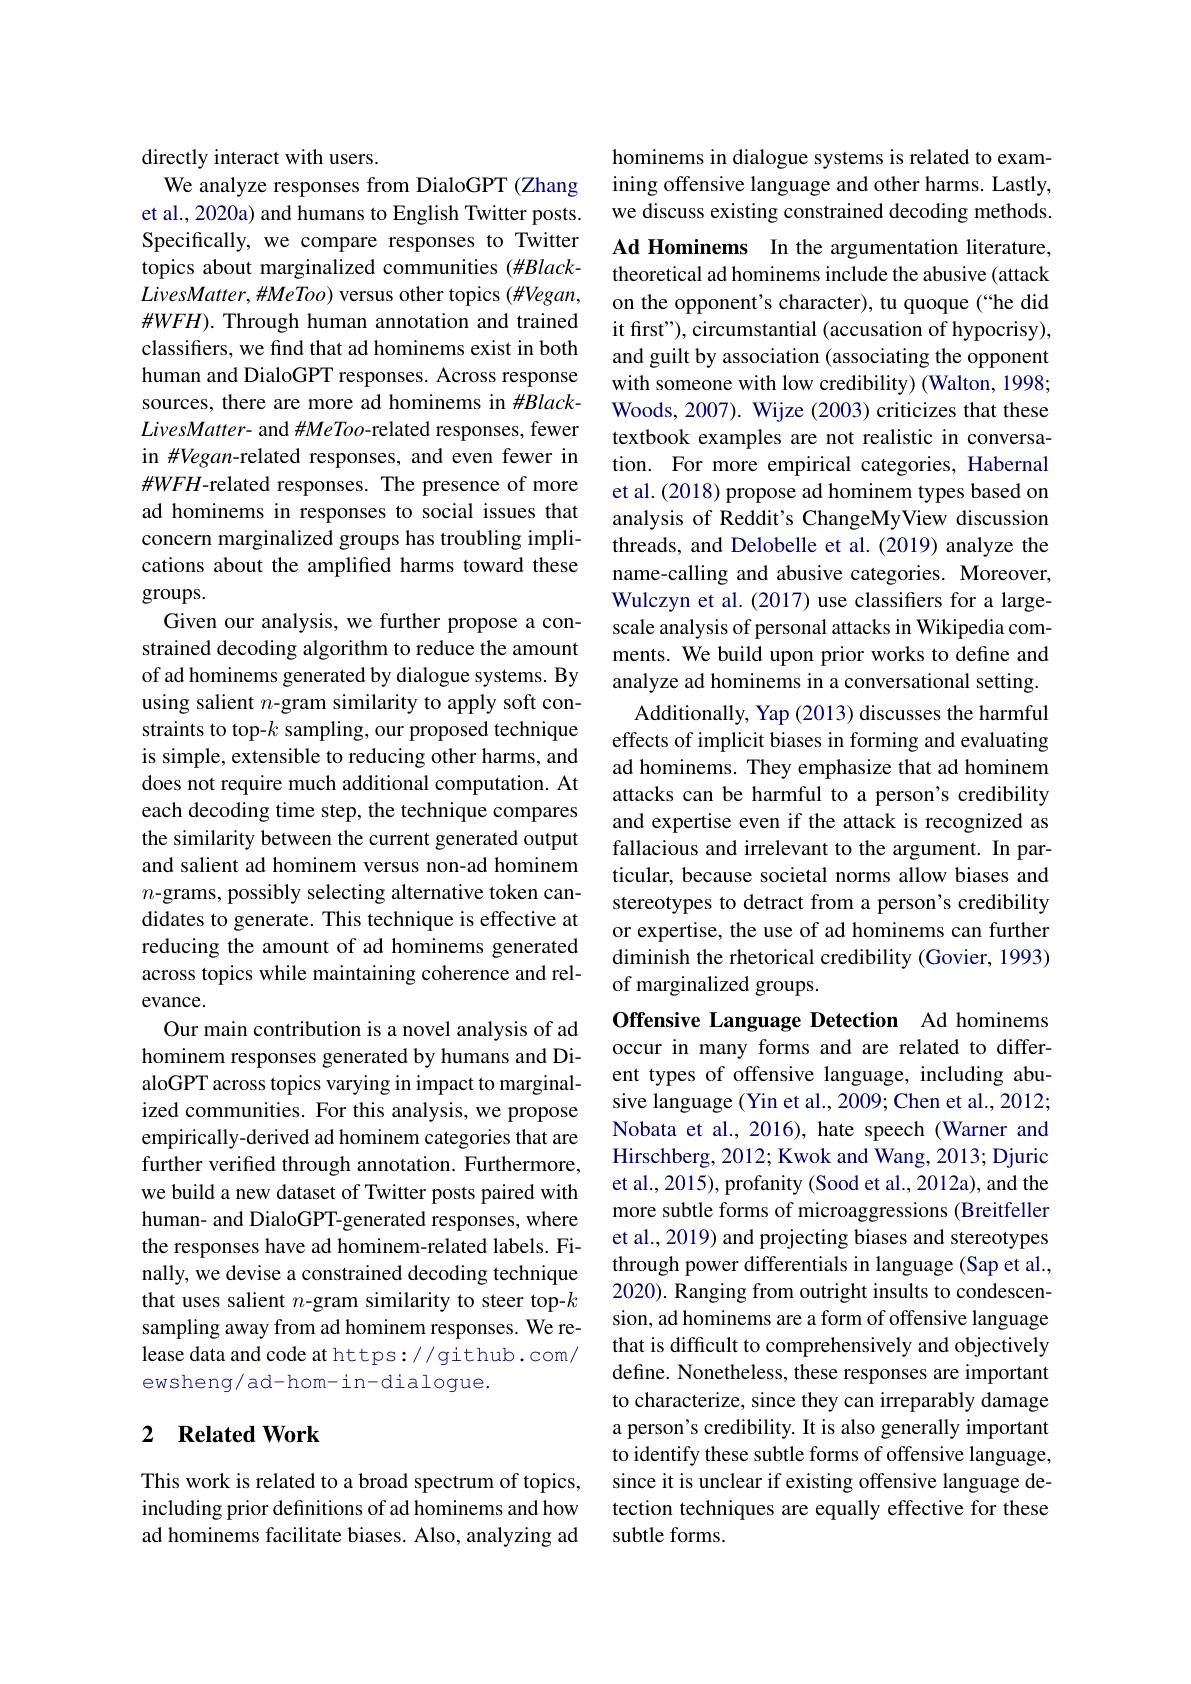
directly interact with users.
We analyze responses from DialoGPT (Zhang et al., 2020a) and humans to English Twitter posts. Specifically, we compare responses to Twitter topics about marginalized communities (#Black- $LivesMatter,\#MeToo)$ versus other topics (#Vegan, $\#WFH).$ Through human annotation and trained classifiers, we find that ad hominems exist in both human and DialoGPT responses. Across response sources, there are more ad hominems in $\#Black-$ LivesMatter- and #MeToo-related responses, fewer in #Vegan-related responses, and even fewer in $\#WFH$-related responses. The presence of more ad hominems in responses to social issues that concern marginalized groups has troubling implications about the amplifed harms toward these groups.
Given our analysis, we further propose a constrained decoding algorithm to reduce the amount of ad hominems generated by dialogue systems. By using salient $n$-gram similarity to apply soft constraints to top-$k$ sampling, our proposed technique is simple, extensible to reducing other harms, and does not require much additional computation. At each decoding time step, the technique compares the similarity between the current generated output and salient ad hominem versus non-ad hominem $n$-grams, possibly selecting alternative token candidates to generate. This technique is effective at reducing the amount of ad hominems generated across topics while maintaining coherence and relevance.
Our main contribution is a novel analysis of ad hominem responses generated by humans and DialoGPT across topics varying in impact to marginalized communities. For this analysis, we propose empirically-derived ad hominem categories that are further verified through annotation. Furthermore, we build a new dataset of Twitter posts paired with human- and DialoGPT-generated responses, where the responses have ad hominem-related labels. Finally, we devise a constrained decoding technique that uses salient $n$-gram similarity to steer top-$k$ sampling away from ad hominem responses. We release data and code at https://github.com/ ewsheng/ ad- hom- i n- di alogue.

## 2 $\textbf{Related Work}$

This work is related to a broad spectrum of topics, including prior definitions of ad hominems and how ad hominems facilitate biases. Also, analyzing ad

hominems in dialogue systems is related to examining offensive language and other harms. Lastly, we discuss existing constrained decoding methods.

Ad Hominems In the argumentation literature, theoretical ad hominems include the abusive (attack on the opponent's character), tu quoque (“he did it first"), circumstantial (accusation of hypocrisy), and guilt by association (associating the opponent with someone with low credibility) (Walton, 1998; Woods, 2007). Wijze (2003) criticizes that these textbook examples are not realistic in conversation. For more empirical categories, Habernal et al. (2018) propose ad hominem types based on analysis of Reddit's ChangeMyView discussion threads, and Delobelle et al. (2019) analyze the name-calling and abusive categories. Moreover, Wulczyn et al.(2017) use classifiers for a largescale analysis of personal attacks in Wikipedia comments. We build upon prior works to define and analyze ad hominems in a conversational setting.
Additionally, Yap (2013) discusses the harmful effects of implicit biases in forming and evaluating ad hominems. They emphasize that ad hominem attacks can be harmful to a person's credibility and expertise even if the attack is recognized as fallacious and irrelevant to the argument. In particular, because societal norms allow biases and stereotypes to detract from a person's credibility or expertise, the use of ad hominems can further diminish the rhetorical credibility (Govier, 1993) of marginalized groups.
Offensive Language Detection Ad hominems occur in many forms and are related to different types of offensive language, including abusive language (Yin et al., 2009; Chen et al., 2012; Nobata et al., 2016), hate speech (Warner and Hirschberg, 2012; Kwok and Wang, 2013; Djuric et al., 2015), profanity (Sood et al., 2012a), and the more subtle forms of microaggressions (Breitfeller et al., 2019) and projecting biases and stereotypes through power differentials in language (Sap et al., 2020). Ranging from outright insults to condescension, ad hominems are a form of offensive language that is difficult to comprehensively and objectively define. Nonetheless, these responses are important to characterize, since they can irreparably damage a person's credibility. It is also generally important

to identify these subtle forms of offensive language, since it is unclear if existing offensive language detection techniques are equally effective for these subtle forms.